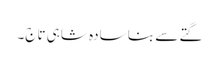
گتے سے بنا سادہ شاہی تاج۔